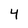
Character: 4